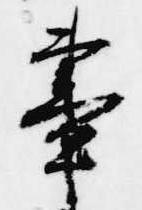
昼